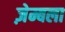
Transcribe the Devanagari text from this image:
ज़ेम्बला